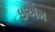
ઇએમ